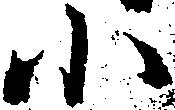
小